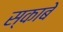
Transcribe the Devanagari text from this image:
स्काबे